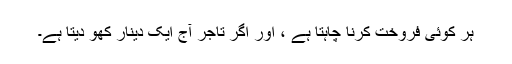
ہر کوئی فروخت کرنا چاہتا ہے ، اور اگر تاجر آج ایک دینار کھو دیتا ہے۔